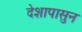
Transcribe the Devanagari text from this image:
देशापासुन